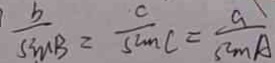
\frac { b } { \sin B } = \frac { c } { \sin C } = \frac { a } { \sin A }